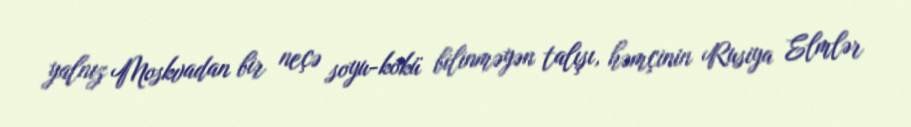
yalnız Moskvadan bir neçə soyu-kökü bilinməyən talışı, həmçinin Rusiya Elmlər